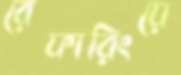
রেফারিংয়ে